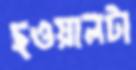
ছওয়ালটা